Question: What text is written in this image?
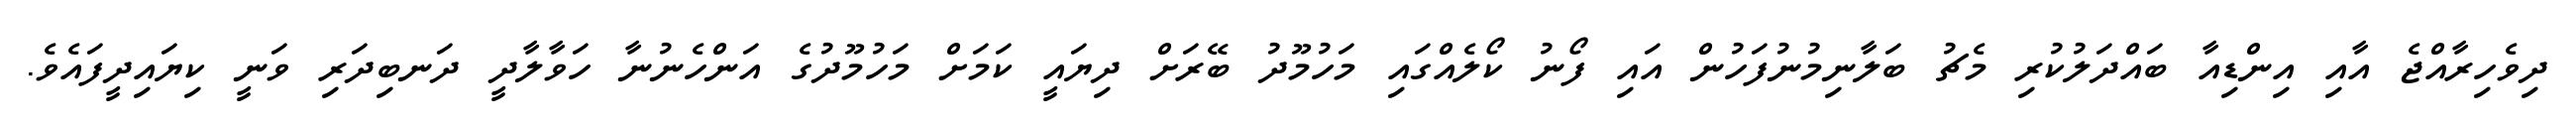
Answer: ދިވެހިރާއްޖެ އާއި އިންޑިއާ ބައްދަލުކުރި މެޗު ބަލާނިމުނުފަހުން އައި ފޯނު ކޯލެއްގައި މަހުމޫދު ބޭރަށް ދިޔައީ ކަމަށް މަހުމޫދުގެ އަންހެނުނާ ހަވާލާދީ ދަނބިދަރި ވަނީ ކިޔައިދީފައެވެ.